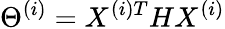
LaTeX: \Theta^{(i)}=X^{(i)T}HX^{(i)}